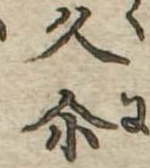
久爾